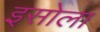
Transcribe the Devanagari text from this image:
इसोला